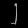
Digit: ၂